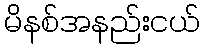
မိနစ်အနည်းငယ်